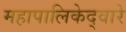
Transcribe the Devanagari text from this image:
महापालिकेद्वारे